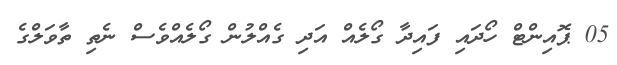
05 ޕޮއިންޓް ހޯދައި ފައިދާ ގޯލެއް އަދި ގެއްލުން ގޯލެއްވެސް ނެތި ތާވަލްގެ